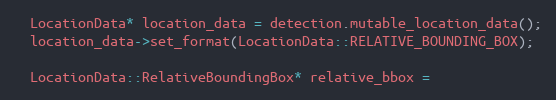
Language: C++
  LocationData* location_data = detection.mutable_location_data();
  location_data->set_format(LocationData::RELATIVE_BOUNDING_BOX);

  LocationData::RelativeBoundingBox* relative_bbox =